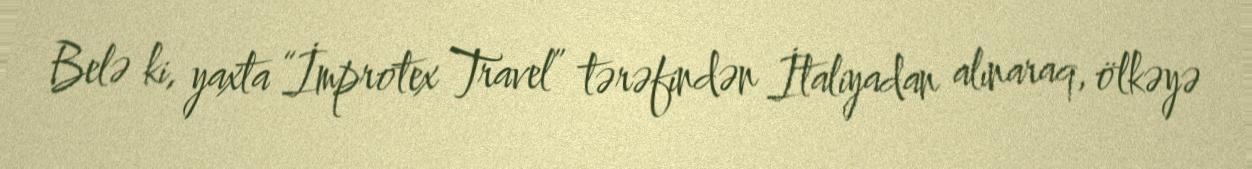
Belə ki, yaxta “İmprotex Travel” tərəfindən İtaliyadan alınaraq, ölkəyə